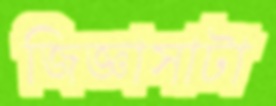
জিজ্ঞাসাটা